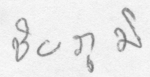
ชัยภูมิ